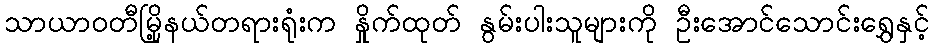
သာယာဝတီမြို့နယ်တရားရုံးက နှိုက်ထုတ် နွမ်းပါးသူများကို ဦးအောင်သောင်းရွှေနှင့်